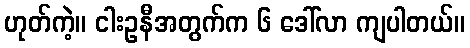
ဟုတ်ကဲ့။ ငါးဥနီအတွက်က ၆ ဒေါ်လာ ကျပါတယ်။